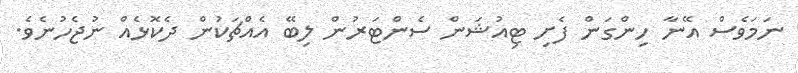
ނަމަވެސް އޭނާ ހިންގަން ފެށި ޓިއުުޝަން ސެންޓަރުން ލިބޭ އެއްޗަކުން ދެކޮޅެއް ނުޖެހުނެވެ.